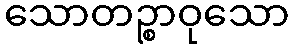
သောတဉ္စာဝုသော